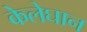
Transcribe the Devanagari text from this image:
केलेघान